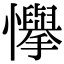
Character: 𢤫